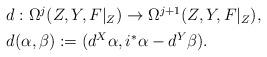
LaTeX: \begin{align*}\begin{aligned}&d:\Omega^{j}(Z,Y,F|_{Z})\rightarrow \Omega^{j+1}(Z,Y,F|_{Z}),\\&d(\alpha,\beta):=(d^{X}\alpha,i^{*}\alpha-d^{Y}\beta).\end{aligned}\end{align*}